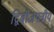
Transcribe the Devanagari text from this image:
द्विबीजपत्रीय